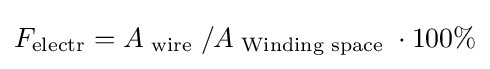
F_{\text{electr}}=A_{\text{ wire }}/A_{\text{ Winding space }}\cdot 100\%